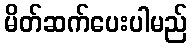
မိတ်ဆက်ပေးပါမည်